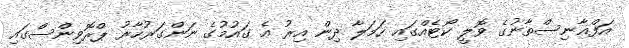
އަފްޣާނިސްތާނުގެ ވޮލީ ކޯޓެއްގައި ހަމަލާ ދިން އިރު އެ ގައުމުގެ ނަންގަރުހާރު ޕްރޮވިންސްގައި